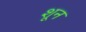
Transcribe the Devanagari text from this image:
शून